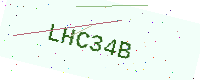
Text: LHC34B